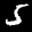
Label: 5